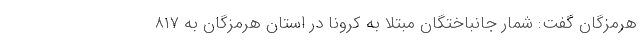
هرمزگان گفت: شمار جانباختگان مبتلا به کرونا در استان هرمزگان به ۸۱۷